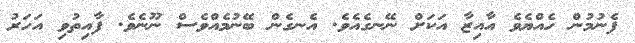
ފެނުމުން ހެއްޔެވެ އާއިޒާ އަކަށް ނޭނގެއެވެ. އެނގެން ބޭނުމެއްވެސް ނޫނެވެ. ފާއިތުވި އަހަރު